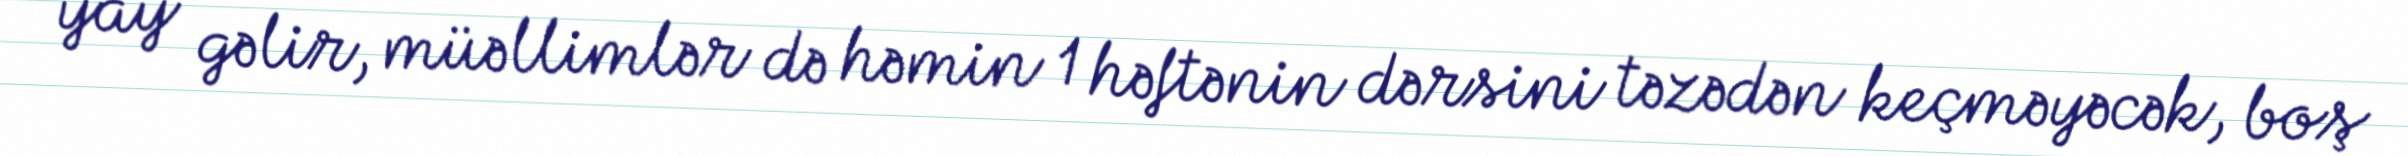
yay gəlir, müəllimlər də həmin 1 həftənin dərsini təzədən keçməyəcək, boş